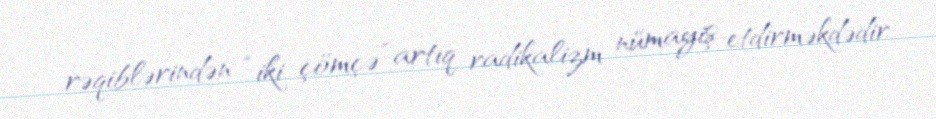
rəqiblərindən “iki çömçə” artıq radikalizm nümayiş etdirməkdədir.